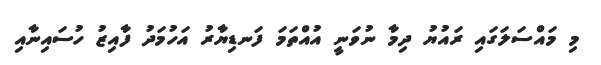
މި މައްސަލަގައި ރައުޔު ދިމާ ނުވަނީ އުއްތަމަ ފަނޑިޔާރު އަހުމަދު ފާއިޒު ހުސައިނާއި